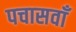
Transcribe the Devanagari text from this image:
पचासवाँ